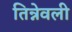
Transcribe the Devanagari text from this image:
तिन्नेवली